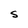
Character: S